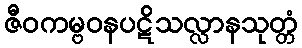
ဇီဝကမ္ဗဝနပဋိသလ္လာနသုတ္တံ